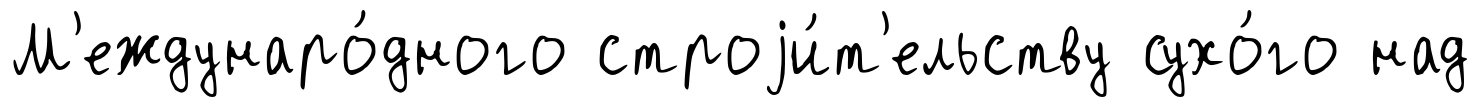
М'еждунаро́дного строjи́т'ельству сухо́го над